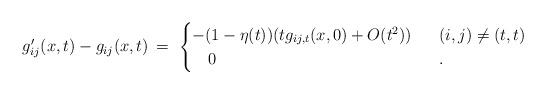
LaTeX: \begin{align*} g'_{ij}(x,t) - g_{ij}(x,t) \, = \ \begin{cases} -(1-\eta(t))(tg_{ij,t}(x,0)+O(t^2)) \ & \ (i, j) \neq (t, t)\\ \ \ \ 0 \ \ \ \ & \ . \end{cases}\end{align*}